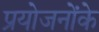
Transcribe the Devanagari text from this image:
प्रयोजनोंके